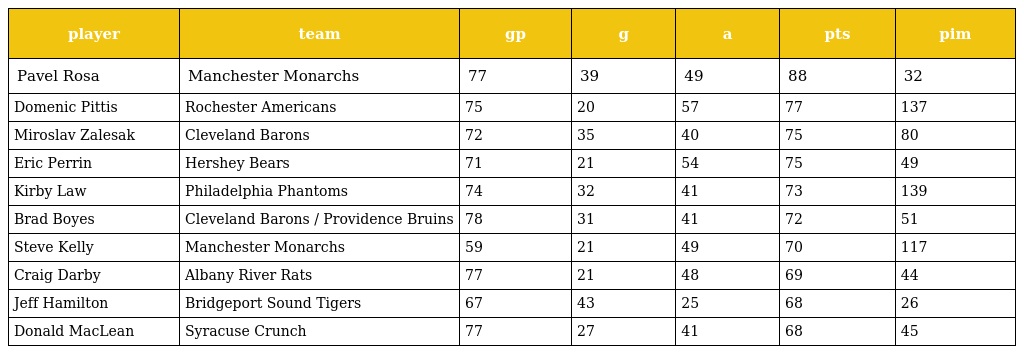
| player | team | gp | g | a | pts | pim |
 | --- | --- | --- | --- | --- | --- | --- |
 | Pavel Rosa | Manchester Monarchs | 77 | 39 | 49 | 88 | 32 |
 | Domenic Pittis | Rochester Americans | 75 | 20 | 57 | 77 | 137 |
 | Miroslav Zalesak | Cleveland Barons | 72 | 35 | 40 | 75 | 80 |
 | Eric Perrin | Hershey Bears | 71 | 21 | 54 | 75 | 49 |
 | Kirby Law | Philadelphia Phantoms | 74 | 32 | 41 | 73 | 139 |
 | Brad Boyes | Cleveland Barons / Providence Bruins | 78 | 31 | 41 | 72 | 51 |
 | Steve Kelly | Manchester Monarchs | 59 | 21 | 49 | 70 | 117 |
 | Craig Darby | Albany River Rats | 77 | 21 | 48 | 69 | 44 |
 | Jeff Hamilton | Bridgeport Sound Tigers | 67 | 43 | 25 | 68 | 26 |
 | Donald MacLean | Syracuse Crunch | 77 | 27 | 41 | 68 | 45 |